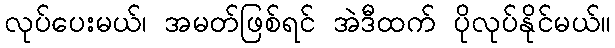
လုပ်ပေးမယ်၊ အမတ်ဖြစ်ရင် အဲဒီထက် ပိုလုပ်နိုင်မယ်။